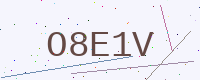
Text: O8E1V